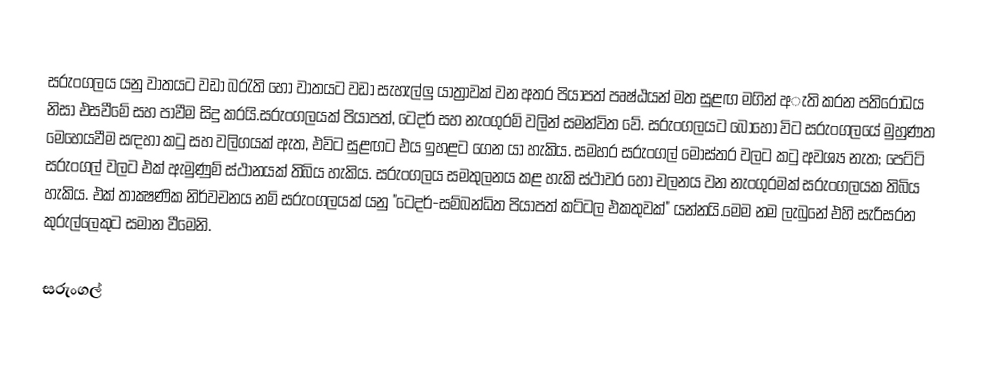
සරුංගලය යනු වාතයට වඩා බරැති හෝ වාතයට වඩා සැහැල්ලු යාත්‍රාවක් වන අතර පියාපත් පෘෂ්ඨයන්  මත සුළඟ මගින් අැති කරන පතිරෝධය නිසා එසවීමේ සහ පාවීම සිදු කරයි.සරුංගලයක් පියාපත්, ටෙදර් සහ නැංගුරම් වලින් සමන්විත වේ.  සරුංගලයට බොහෝ විට සරුංගලයේ මුහුණත මෙහෙයවීම සඳහා කටු සහ වලිගයක් ඇත, එවිට සුළඟට එය ඉහළට ගෙන යා හැකිය. සමහර සරුංගල් මෝස්තර වලට කටු අවශ්‍ය නැත;  පෙට්ටි සරුංගල් වලට එක් ඇමුණුම් ස්ථානයක් තිබිය හැකිය.  සරුංගලය සමතුලනය කළ හැකි ස්ථාවර හෝ චලනය වන නැංගුරමක් සරුංගලයක තිබිය හැකිය.  එක් තාක්‍ෂණික නිර්වචනය නම් සරුංගලයක් යනු "ටෙදර්-සම්බන්ධිත පියාපත් කට්ටල එකතුවක්" යන්නයි.මෙම නම ලැබුනේ එහි සැරිසරන කුරුල්ලෙකුට සමාන වීමෙනි.

සරුංගල්